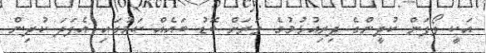
އަކީ ލޯފަން ކުދީންގެ ދިރިއުޅުމުގެ ވަރަށް ބޮޑު ބައެއް ކަމުގައި އެފަދަ ކުދިން